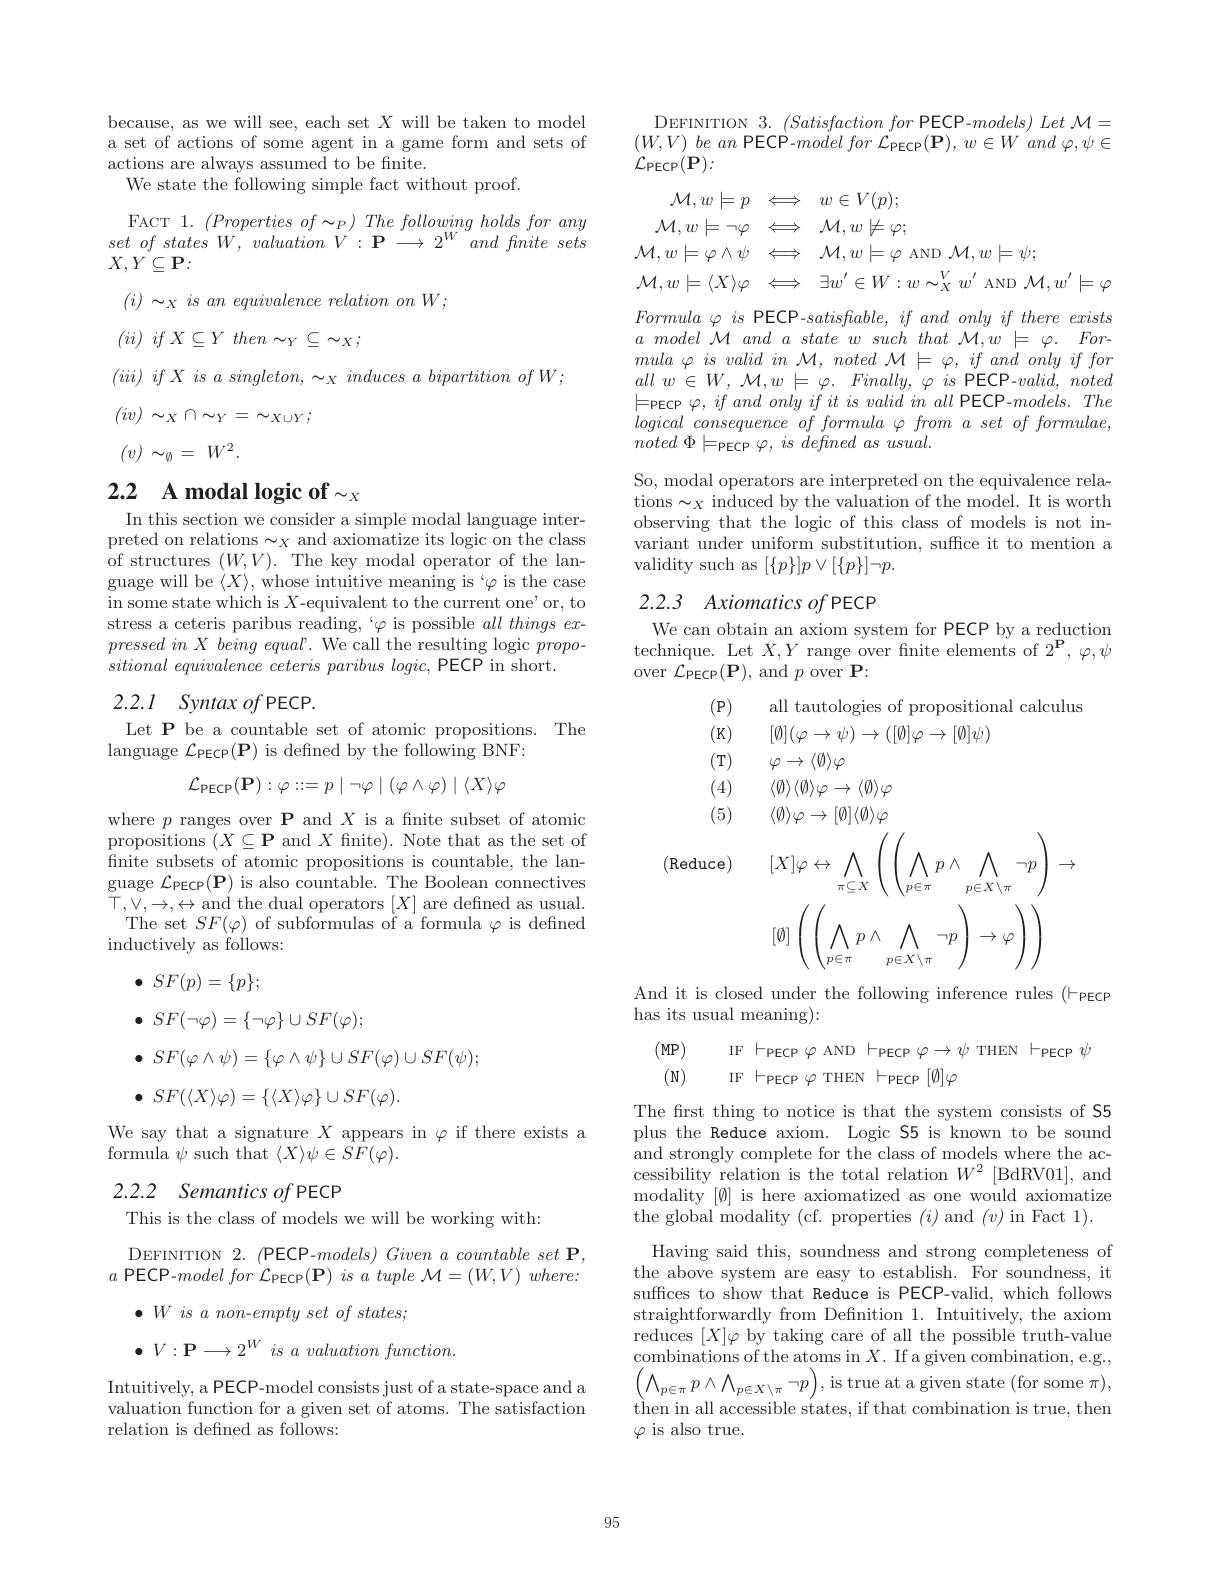
because, as we will see, each set $X$ will be taken to model a set of actions of some agent in a game form and sets of actions are always assumed to be finite.
We state the following simple fact without proof.
FACT 1. $(Propertiesof\sim_P)Thefollowingholdsforany$ set $of$ states $W$, valuation $V^{\prime }: \mathbf{P} \longrightarrow 2^{W}$ and fnite sets $X,Y\subseteq\mathbf{P}:$
$( i) \sim _X\textit{ is an equivalence relation on W};$
$( ii)$ $if$ $X\subseteq Y$ $then\sim _Y\subseteq \sim _X;$
$( iii) \textit{ if X is a singleton, }_X\textit{ induces a bipartition of W};$
$(iv)\sim_X\cap\sim_Y=\sim_{X\cup Y};$
$(v)\sim_\emptyset=W^2.$

# 2.2 A modal logic of $\sim_X$

In this section we consider a simple modal language interpreted on relations $\sim_X$ and axiomatize its logic on the class of structures $(W,V).$ The key modal operator of the language will be $\langle X\rangle$, whose intuitive meaning is `$\varphi$ is the case in some state which is $X$-equivalent to the current one'or, to stress a ceteris paribus reading,“φ is possible $all\textit{things ex- }$ pressedinX being equal'. We call the resulting logic $propo-$ $sitional\textit{ equivalence ceteris paribus logic, PECP in short. }$

# 2.2.1 Syntax $of$PECP.

# Let P be a countable set of atomic propositions. The language $\mathcal{L} _\mathrm{PECP}( \mathbf{P} )$ is defined by the following BNF:
$$\mathcal{L}_{\mathrm{PECP}}(\mathbf{P}):\varphi::=p\mid\neg\varphi\mid(\varphi\wedge\varphi)\mid\langle X\rangle\varphi $$
where $p$ ranges over $\textbf{P and }X$ is a fnite subset of atomic $\hat{\text{propositions }} ( X\subseteq \mathbf{P}$ and $X$ fnite). Note that as the set of finite subsets of atomic propositions is countable, the lan- $\begin{array}{ll}\mathrm{guage~}\mathcal{L}_{\mathrm{PECP}}(\mathbf{P})&\mathrm{is~also~countable.~The~Boolean~connectives}\\\mathrm{guage~}\mathcal{L}_{\mathrm{PECP}}(\mathbf{P})&\mathrm{is~also~countable.~The~Boolean~connectives}\end{array}$ $\bar{\top},\bar{V},\to,\leftrightarrow$and the dual operators $[X]$ are defined as usual
The set $SF(\varphi)$ of subformulas of a formula $\varphi$ is defined
inductively as follows:
$$\begin{aligned}&\bullet\:SF(p)=\{p\};\\&\bullet\:SF(\neg\varphi)=\{\neg\varphi\}\cup SF(\varphi);\\&\bullet\:SF(\varphi\wedge\psi)=\{\varphi\wedge\psi\}\cup SF(\varphi)\cup SF(\psi);\\&\bullet\:SF(\langle X\rangle\varphi)=\{\langle X\rangle\varphi\}\cup SF(\varphi).\end{aligned}$$
We say that a signature $X$ appears in $\varphi$ if there exists a
formula $\psi$ such that $\langle X\rangle\psi\in SF(\varphi).$

# 2.2.2 Semantics of PECP

This is the class of models we will be working with:

DEFINITION 2. (PECP-$models) \textit{Given a countable set P}$, $a$ PECP-$modelfor \mathcal{L} _\mathrm{PECP}( \mathbf{P} ) is a tuple \mathcal{M} = ( W, V) where:$
$\bullet W\textit{ is a non- empty set of states; }$
$\bullet V:\mathbf{P}\longrightarrow2^{W}$ is $a\textit{valuation function. }$

Intuitively, a PECP-model consists just of a state-space and a valuation function for a given set of atoms. The satisfaction relation is defined as follows:

DEFINITION $3.(Satisfactionfor$ PECP-$models)Let\mathcal{M}=$ $\begin{array}{l}{(W,V)~be~an~\mathsf{PECP}-model~for~\mathcal{L}_{\mathsf{PECP}}(\mathsf{P}),~w\in W~^{\prime}and~\varphi,\psi\in\\{\mathcal{L}_{\mathsf{PECP}}(\mathsf{P}):}}\end{array}$
$$\begin{aligned}\mathcal{M},w\models p&\Longleftrightarrow\quad w\in V(p);\\\mathcal{M},w\models\neg\varphi&\Longleftrightarrow\quad\mathcal{M},w\not\models\varphi;\\\mathcal{M},w\models\varphi\wedge\psi&\Longleftrightarrow\quad\mathcal{M},w\models\varphi\:\mathrm{AND}\:\mathcal{M},w\models\psi;\\\mathcal{M},w\models\langle X\rangle\varphi&\Longleftrightarrow\quad\exists w^{\prime}\in W:w\sim_{X}^{V}w^{\prime}\:\mathrm{AND}\:\mathcal{M},w^{\prime}\models\varphi\end{aligned}$$
$Formula\varphi is$ $\mathsf{PECP}- satisfable, if$ and only $if$ there exists $a\textit{ model M and a state w such that M, w }\models \varphi . \textit{For- }$ $mula\varphi \textit{ is valid in M, noted M}\models \varphi , if\textit{and only if for}$ all $w$ $\in$ $W$, $\mathcal{M} , w$ $\models$ $\varphi .$ $Finally$, $\varphi$ $is$ PECP-$valid$, noted $\models$pecp$\varphi,ifandonlyifitisvalidinall$PECP-$models.The$ logical consequence of formula φ from a set of formulae, noted $\Phi \models _{\mathrm{PECP}}$ $\varphi $, $is$ defined $as$ $usual.$

So, modal operators are interpreted on the equivalence relations$\sim_X$ induced by the valuation of the model. It is worth observing that the logic of this class of models is not invariant under uniform substitution, suffce it to mention a validity such as $[\{p\}]p\lor[\{p\}]\neg p.$

## 2.2.3 Axiomatics $of$ PECP

We can obtain an axiom system for PECP by a reduction technique. Let $X,Y$ range over fnite elements of $2^\mathbf{P},\varphi,\psi$ over $\mathcal{L} _\mathrm{PECP}( \mathbf{P} ) $, and $p$ over P:
$$\begin{aligned}&\text{(P)}&&\text{all tautologues of propositional calculus}\\&\text{(K)}&&[\emptyset](\varphi\to\psi)\to([\emptyset]\varphi\to[\emptyset]\psi)\\&\text{(T)}&&\varphi\to\langle\emptyset\rangle\varphi\\&\text{(4)}&&\langle\emptyset\rangle\langle\emptyset\rangle\varphi\to\langle\emptyset\rangle\varphi\\&\text{(5)}&&\langle\emptyset\rangle\varphi\to[\emptyset]\langle\emptyset\rangle\varphi\\&\text{(Reduce)}&&[X]\varphi\leftrightarrow\bigwedge_{\pi\subseteq X}\left(\left(\bigwedge_{p\in\pi}p\wedge\bigwedge_{p\in X\setminus\pi}\neg p\right)\to\\&&&[\emptyset]\left(\left(\bigwedge_{p\in\pi}p\wedge\bigwedge_{p\in X\setminus\pi}\neg p\right)\to\varphi\right)\right)\end{aligned}$$
And it is closed under the following inference rules (- pecp
has its usual meaning):
(MP)
IF $\vdash_\mathrm{PECP}\varphi$ AND $\vdash_\mathrm{PECP}\varphi\to\psi$ THEN $\vdash_\mathrm{PECP}\psi$
(N)
IF $\vdash_\mathrm{PECP}\varphi$ THEN $\vdash_\mathrm{PECP}[\emptyset]\varphi$
The first thing to notice is that the system consists of S5 plus the Reduce axiom. Logic S5 is known to be sound and strongly complete for the class of models where the accessibility relation is the total relation $W^2$ [BdRV01], and modality $[\emptyset]$ is here axiomatized as one would axiomatize the global modality (cf. properties $(i)$ and $(v)$ in Fact 1). Having said this, soundness and strong completeness of the above system are easy to establish. For soundness, it suffices to show that Reduce is PECP-valid, which follows straightforwardly from Definition 1. Intuitively, the axiom ${\mathrm{reduces~}[X]\varphi\mathrm{~by~taking~care~of~all~the~possible~truth-value}}$ combinations of the atoms in $X.$ If a given combination, e.g., $\begin{pmatrix}{\wedge}_{p\in\pi}p\wedge\bigwedge_{p\in X\setminus\pi}\neg p\end{pmatrix}$,is true at a given state (for some $\pi)$, $\begin{array}{c}\text{then in all accessible states, if that combination is true, then}\end{array}$ $\varphi$ is also true.

95